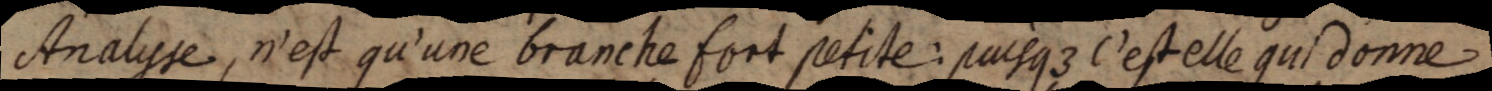
Analyse, n’est qu’une branche fort petite: puisque c’est elle qui donne